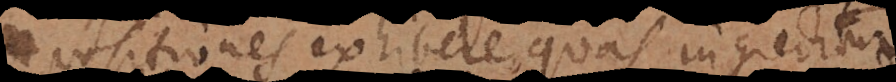
positiones exhibere, quas ingreditur